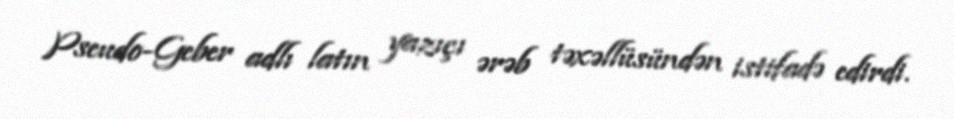
Pseudo-Geber adlı latın yazıçı ərəb təxəllüsündən istifadə edirdi.